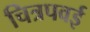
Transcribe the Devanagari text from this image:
चित्रपवई